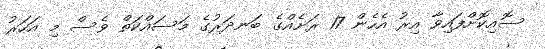
ސޮއިކޮށްފައިވާ އިރު އެހެން 17 ރަށެއްގެ ބަނދަރުގެ މަސައްކަތް ވެސް މި އަހަރު